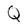
Character: Q